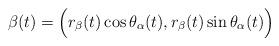
LaTeX: \begin{align*}\beta(t) = \Big( r_\beta(t) \cos \theta_\alpha(t), r_\beta(t) \sin \theta_\alpha(t) \Big)\end{align*}